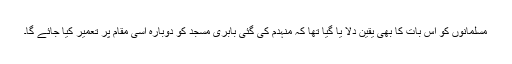
مسلمانوں کو اس بات کا بھی یقین دلا یا گیا تھا کہ منہدم کی گئی بابری مسجد کو دوبارہ اسی مقام پر تعمیر کیا جائے گا۔